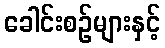
ခေါင်းစဉ်များနှင့်